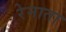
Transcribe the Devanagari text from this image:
रेनाता